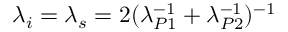
\lambda _ { i } = \lambda _ { s } = 2 ( \lambda _ { P 1 } ^ { - 1 } + \lambda _ { P 2 } ^ { - 1 } ) ^ { - 1 }